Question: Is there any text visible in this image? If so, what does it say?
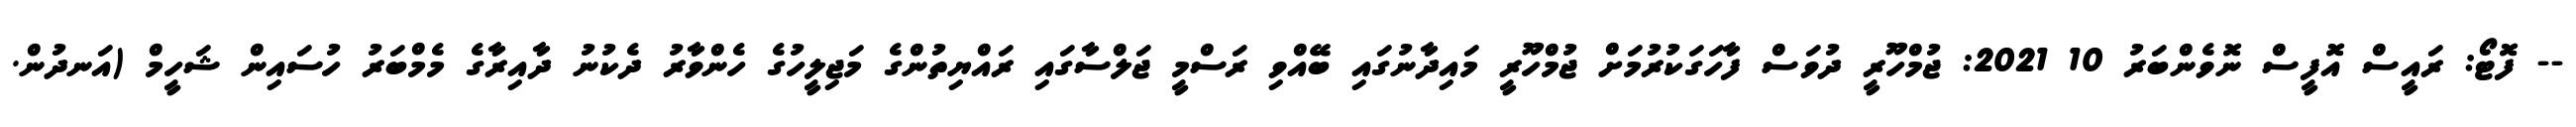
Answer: -- ފޮޓޯ: ރައީސް އޮފީސް ނޮވެންބަރު 10 2021: ޖުމްހޫރީ ދުވަސް ފާހަގަކުރުމަށް ޖުމްހޫރީ މައިދާނުގައި ބޭއްވި ރަސްމީ ޖަލްސާގައި ރައްޔިތުންގެ މަޖިލީހުގެ ހެންވާރު ދެކުނު ދާއިރާގެ މެމްބަރު ހުސައިން ޝަހީމް (އަނދުން.